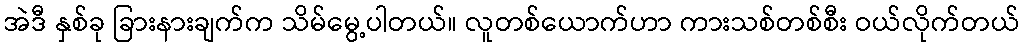
အဲဒီ နှစ်ခု ခြားနားချက်က သိမ်မွေ့ပါတယ်။ လူတစ်ယောက်ဟာ ကားသစ်တစ်စီး ဝယ်လိုက်တယ်